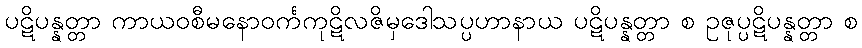
ပဋိပန္နတ္တာ ကာယဝစီမနောဝင်္ကကုဋိလဇိမှဒေါသပ္ပဟာနာယ ပဋိပန္နတ္တာ စ ဥဇုပ္ပဋိပန္နတ္တာ စ